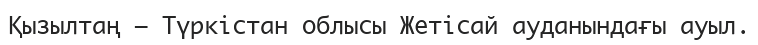
Қызылтаң – Түркістан облысы Жетісай ауданындағы ауыл.